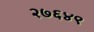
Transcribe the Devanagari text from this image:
२७६४९